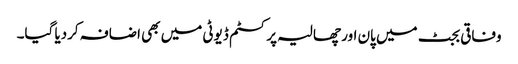
وفاقی بجٹ میں پان اور چھالیہ پر کسٹم ڈیوٹی میں بھی اضافہ کردیا گیا۔